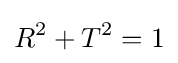
R^{2}+T^{2}=1